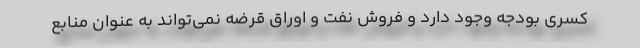
کسری بودجه وجود دارد و فروش نفت و اوراق قرضه نمی‌تواند به عنوان منابع